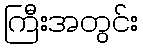
ကြီးအတွင်း